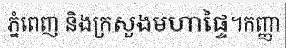
ភ្នំពេញ និងក្រសួងមហាផ្ទៃ។កញ្ញា